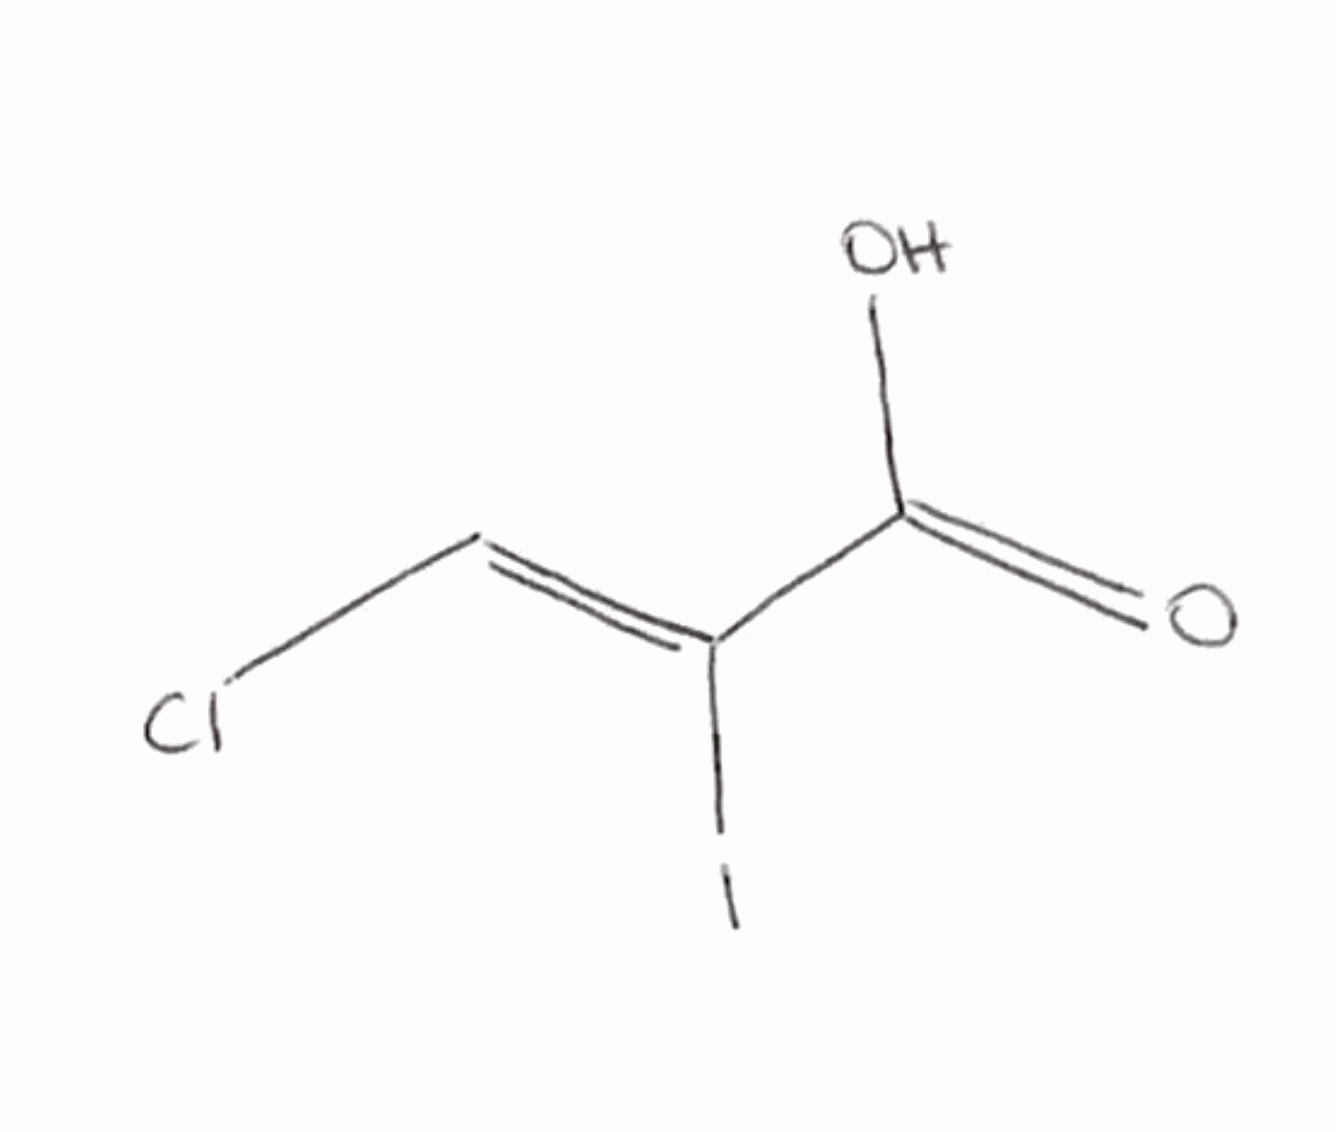
Simplified molecular-input line-entry system (SMILES) notation of the given molecule:
C(=C(/C(=O)O)\I)\Cl